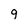
Character: 9